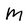
Character: M